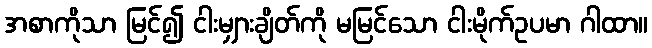
အစာကိုသာ မြင်၍ ငါးမျှားချိတ်ကို မမြင်သော ငါးမိုက်ဥပမာ ဂါထာ။